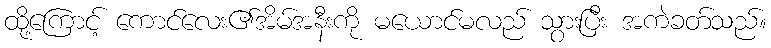
ထို့ကြောင့် ကောင်လေး၏အိမ်အနီးကို မယောင်မလည် သွားပြီး အကဲခတ်သည်။